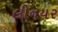
લીનયર